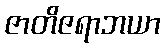
ဇာတိဇရာဘယာ